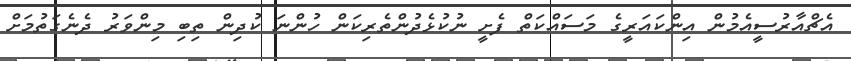
އެޗްއާރުސީއެމުން އިންކައަރީގެ މަސައްކަތް ފެށީ ނުކުޅެދުންތެރިކަން ހުންނަ ކުދިން ތިބި މިންވަރު ދެނެގަތުމަށް